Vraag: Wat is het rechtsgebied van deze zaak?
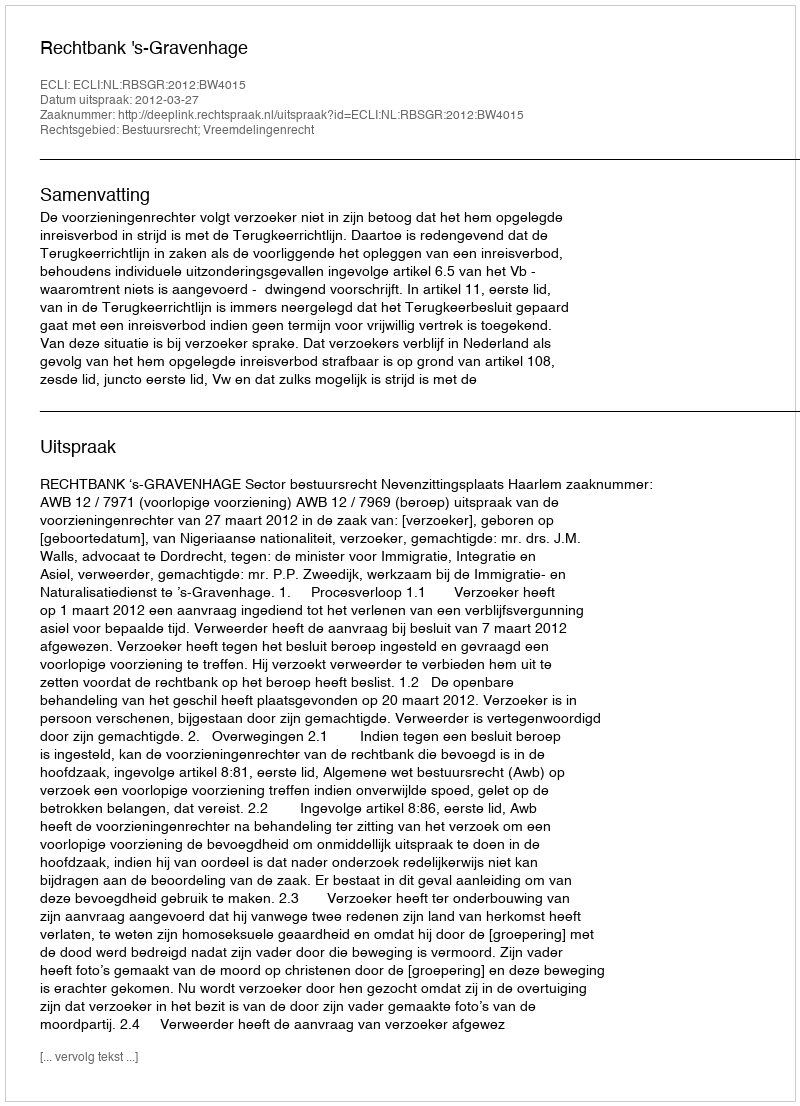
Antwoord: Bestuursrecht; Vreemdelingenrecht